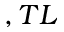
, T L